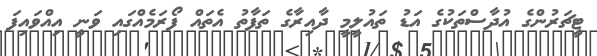
ޓީޗަރުންގެ އުދާސްތަކުގެ އަޑު ތައުލީމީ ދާއިރާގެ ތަފާތު އެތައް ފޯރަމެއްގައި ވަނީ އިއްވައިފަ